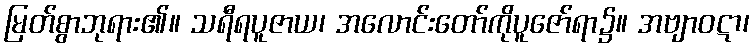
မြတ်စွာဘုရား၏။ သရီရပူဇာယ၊ အလောင်းတော်ကိုပူဇော်ရာ၌။ အဗျာဝဋာ၊